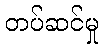
တပ်ဆင်မှု